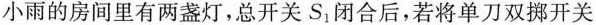
小雨的房间里有两盏灯，总开关S_{1}闭合后，若将单刀双挪开关